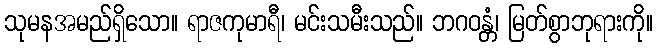
သုမနအမည်ရှိသော။ ရာဇကုမာရီ၊ မင်းသမီးသည်။ ဘဂဝန္တံ၊ မြတ်စွာဘုရားကို။